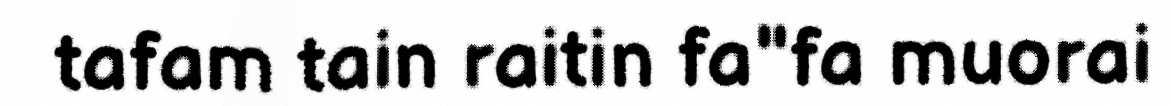
tafam tain raitin fa"fa muorai